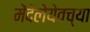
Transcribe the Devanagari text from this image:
मेंदेलेयेवच्या